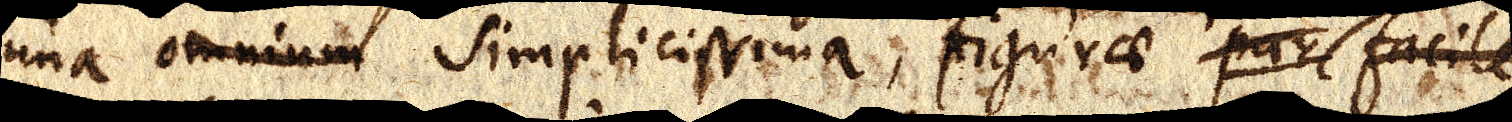
una omnium simplicissima, figurae pars facile